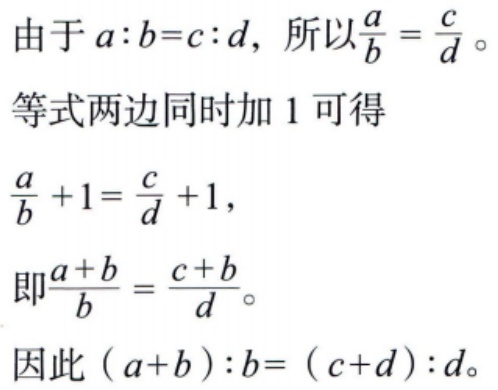
由于 \(a:b = c:d\)，所以 \(\frac{a}{b}=\frac{c}{d}\)。

等式两边同时加 \(1\) 可得

\(\frac{a}{b}+1=\frac{c}{d}+1\)，

即 \(\frac{a + b}{b}=\frac{c + b}{d}\)。

因此 \((a + b):b=(c + d):d\)。